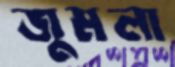
জুমলা